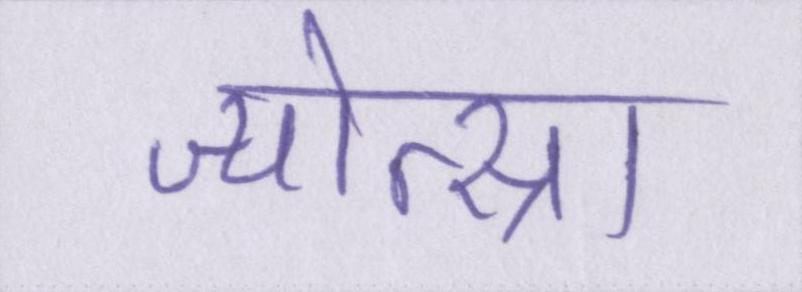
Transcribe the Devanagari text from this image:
ज्योत्स्ना